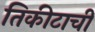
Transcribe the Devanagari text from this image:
तिकीटाची